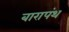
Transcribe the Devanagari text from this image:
बारापंथ